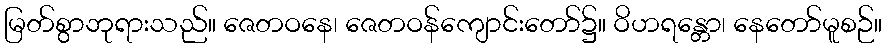
မြတ်စွာဘုရားသည်။ ဇေတဝနေ၊ ဇေတဝန်ကျောင်းတော်၌။ ဝိဟရန္တော၊ နေတော်မူစဉ်။